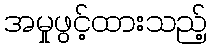
အမှုဖွင့်ထားသည့်